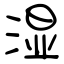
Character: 湿